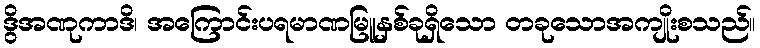
ဒွိအဏုကာဒိ၊ အကြောင်းပရမာဏမြူနှစ်ခုရှိသော တခုသောအကျိုးစသည်။